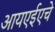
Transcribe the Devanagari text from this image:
आयएईएचे